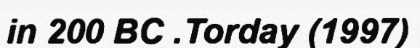
in 200 BC .Torday (1997)